Civil Veterinary Department Bengal reports 1923-33 - 1923-1933
Year: 1923
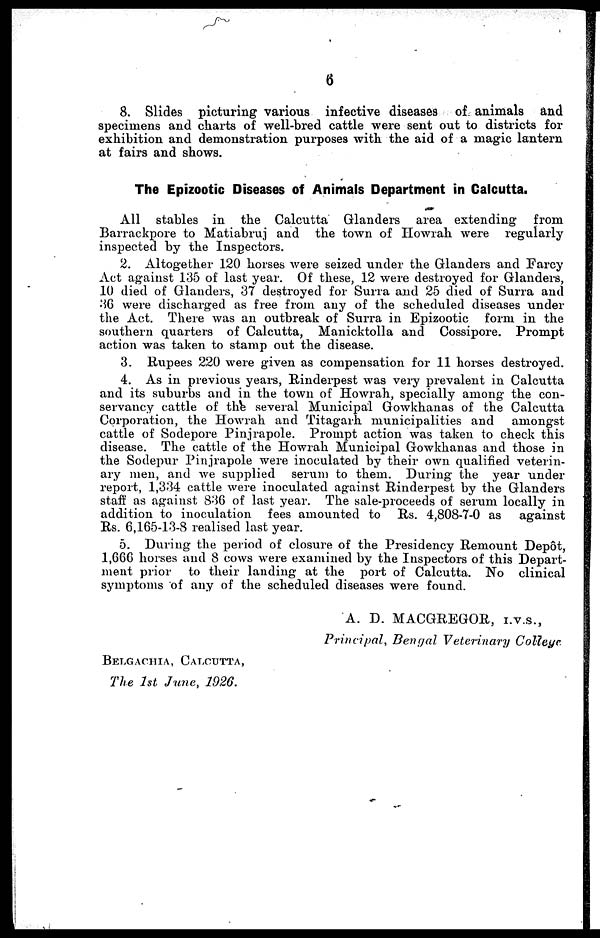
6
8. Slides picturing various infective diseases of animals and
specimens and charts of well-bred cattle were sent out to districts for
exhibition and demonstration purposes with the aid of a magic lantern
at fairs and shows.
The Epizootic Diseases of Animals Department in Calcutta.
All stables in the Calcutta Glanders area extending
from
Barrackpore to Matiabruj and the town of Howrah were regularly
inspected by the Inspectors.
2. Altogether 120 horses were seized under the Glanders and Farcy
Act against 135 of last year. Of these, 12 were destroyed for Glanders,
10 died of Glanders, 37 destroyed for Surra and 25 died of Surra and
36 were discharged as free from any of the scheduled diseases under
the Act. There was an outbreak of Surra in Epizootic form in the
southern quarters of Calcutta, Manicktolla and Cossipore. Prompt
action was taken to stamp out the disease.
3. Rupees 220 were given as compensation for 11 horses destroyed.
4. As in previous years, Rinderpest was very prevalent in Calcutta
and its suburbs and in the town of Howrah, specially among the con-
servancy cattle of the several Municipal Gowkhanas of the Calcutta
Corporation, the Howrah and Titagarh municipalities and
amongst
cattle of Sodepore Pinjrapole. Prompt action was taken to check this
disease. The cattle of the Howrah Municipal Gowkhanas and those in
the Sodepur Pinjrapole were inoculated by their own qualified veterin-
ary men, and we supplied serum to them. During the year under
report, 1,334 cattle were inoculated against Rinderpest by the Glanders
staff as against 836 of last year. The sale-proceeds of serum locally in
addition to inoculation fees amounted to Rs. 4,808-7-0 as
against
Rs. 6,165-13-8 realised last year.
5. During the period of closure of the Presidency Remount Depot,
1,666 horses and 8 cows were examined by the Inspectors of this Depart-
ment prior to their landing at the port of Calcutta. No clinical
symptoms of any of the scheduled diseases were found.
A. D. MACGREGOR, I.V.S.,
Principal, Bengal Veterinary College.
BELGACHIA, CALCUTTA,
The 1st June, 1926.